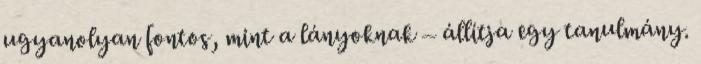
ugyanolyan fontos, mint a lányoknak – állítja egy tanulmány.